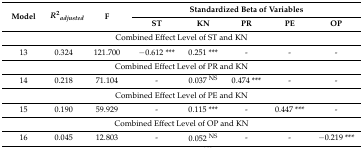
<table><thead><tr><td rowspan="2"><b>Model</b></td><td rowspan="2"><b><i>R</i><sup>2</sup><i><sub>adjusted</sub></i></b></td><td rowspan="2"><b>F</b></td><td colspan="5"><b>Standardized Beta of Variables</b></td></tr><tr><td><b>ST</b></td><td><b>KN</b></td><td><b>PR</b></td><td><b>PE</b></td><td><b>OP</b></td></tr></thead><tbody><tr><td colspan="8">Combined Effect Level of ST and KN</td></tr><tr><td>13</td><td>0.324</td><td>121.700</td><td>−0.612 ***</td><td>0.251 ***</td><td>-</td><td>-</td><td>-</td></tr><tr><td colspan="8">Combined Effect Level of PR and KN</td></tr><tr><td>14</td><td>0.218</td><td>71.104</td><td>-</td><td>0.037 <sup>NS</sup></td><td>0.474 ***</td><td>-</td><td>-</td></tr><tr><td colspan="8">Combined Effect Level of PE and KN</td></tr><tr><td>15</td><td>0.190</td><td>59.929</td><td>-</td><td>0.115 ***</td><td>-</td><td>0.447 ***</td><td>-</td></tr><tr><td colspan="8">Combined Effect Level of OP and KN</td></tr><tr><td>16</td><td>0.045</td><td>12.803</td><td>-</td><td>0.052 <sup>NS</sup></td><td>-</td><td>-</td><td>−0.219 ***</td></tr></tbody></table>